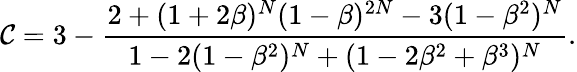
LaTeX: \mathcal{C}=3-\frac{{2+(1+2\beta)^{N}(1-\beta)^{2N}-3(1-\beta^{2})^{N}}}{{1-2(1-\beta^{2})^{N}+(1-2\beta^{2}+\beta^{3})^{N}}}.